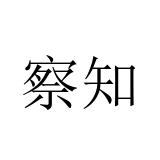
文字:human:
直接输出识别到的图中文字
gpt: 察知